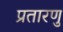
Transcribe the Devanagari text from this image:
प्रतारणु